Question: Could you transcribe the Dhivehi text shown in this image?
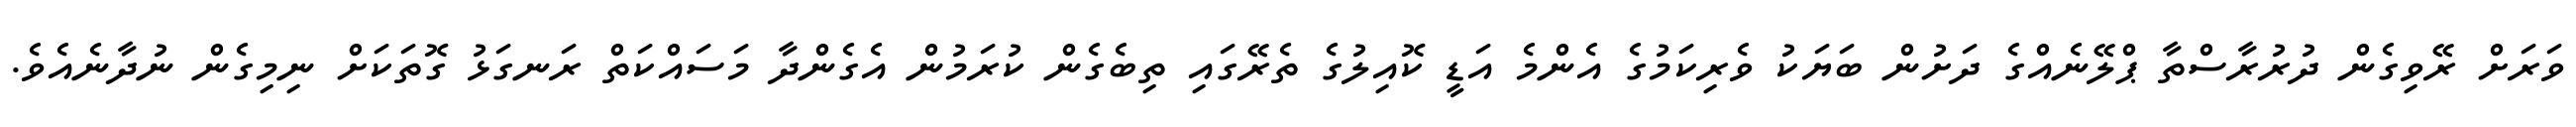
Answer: ވަރަށް ރޭވިގެން ދުރުރާސްތާ ޕްލޭނެއްގެ ދަށުން ބަޔަކު ވެރިކަމުގެ އެންމެ އަޑީ ކޮއިލުގެ ތެރޭގައި ތިބެގެން ކުރަމުން އެގެންދާ މަސައްކަތް ރަނގަޅު ގޮތަކަށް ނިމިގެން ނުދާނެއެވެ.